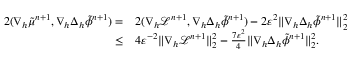
\begin{array} { r l } { 2 ( \nabla _ { h } \tilde { \mu } ^ { n + 1 } , \nabla _ { h } \Delta _ { h } \tilde { \phi } ^ { n + 1 } ) = } & { 2 ( \nabla _ { h } \mathcal { L } ^ { n + 1 } , \nabla _ { h } \Delta _ { h } \tilde { \phi } ^ { n + 1 } ) - 2 \varepsilon ^ { 2 } \| \nabla _ { h } \Delta _ { h } \tilde { \phi } ^ { n + 1 } \| _ { 2 } ^ { 2 } } \\ { \leq } & { 4 \varepsilon ^ { - 2 } \| \nabla _ { h } \mathcal { L } ^ { n + 1 } \| _ { 2 } ^ { 2 } - \frac { 7 \varepsilon ^ { 2 } } { 4 } \| \nabla _ { h } \Delta _ { h } \tilde { \phi } ^ { n + 1 } \| _ { 2 } ^ { 2 } . } \end{array}